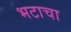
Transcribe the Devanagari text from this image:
भटाचा